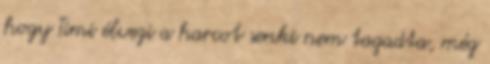
hogy Timi élvezi a harcot senki nem tagadta, még